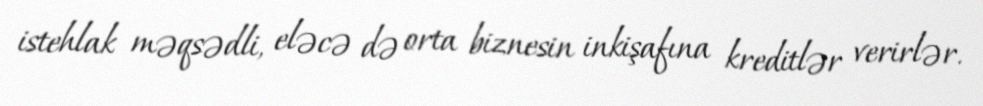
istehlak məqsədli, eləcə də orta biznesin inkişafına kreditlər verirlər.